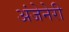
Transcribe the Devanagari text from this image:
अंजेनेरी